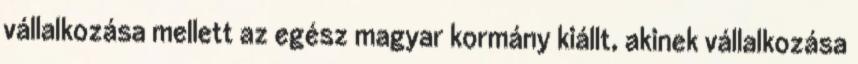
vállalkozása mellett az egész magyar kormány kiállt, akinek vállalkozása